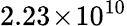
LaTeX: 2.23\! \times\! 10^{10}